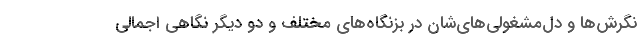
نگرش‌ها و دل‌مشغولي‌هاي‌شان در بزنگاه‌هاي مختلف و دو ديگر نگاهي اجمالي